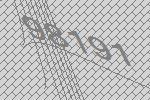
98191